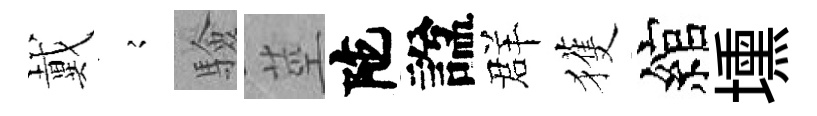
戴𡪹驗莖陀諡群獲綰壎